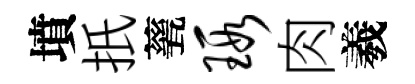
墳扺甆瑕肉羲